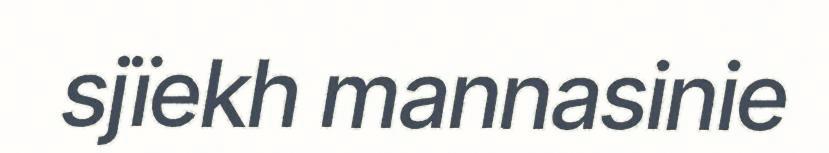
sjïekh mannasinie